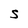
Character: S